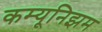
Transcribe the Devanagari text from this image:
कम्यूनिझम